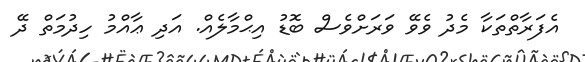
އެފަރާތްތަކާ މެދު ވެވޭ ވަރަށްވެސް ބޮޑު އިޙްމާލެއް. އަދި ޢާއްމު ހިދުމަތް ދޭ